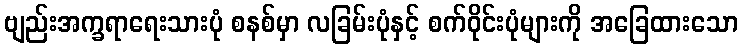
ဗျည်းအက္ခရာရေးသားပုံ စနစ်မှာ လခြမ်းပုံနှင့် စက်ဝိုင်းပုံများကို အခြေထားသော